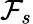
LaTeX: \mathcal{F}_{s}